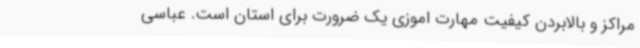
مراکز و بالابردن کیفیت مهارت اموزی یک ضرورت برای استان است. عباسی